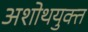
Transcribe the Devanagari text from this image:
अशोथयुक्त